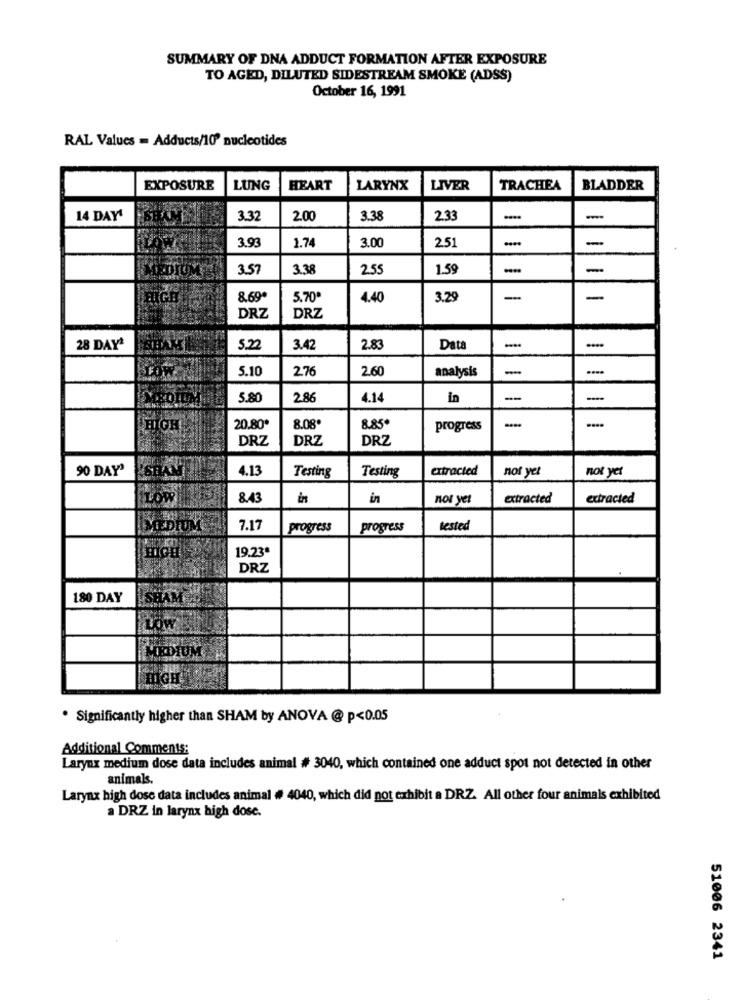
SUMMARY OF DNA ADDUCT FORMATION AFTER EXPOSURE
TO AGED, DILUTED SIDESTREAM SMOKE (ADSS)
October 16, 1991
RAL Values = Adducts/10º nucleotides
EXPOSURE
LUNG
HEART
LARYNX
LIVER
TRACHEA
BLADDER
14 DAY
3.32
2.00
3.38
2.33
2.51
-
3.93
1.74
3.00
3.57
3.38
2.55
1.59
-
8.69ª
5.70ª
4.40
3.29
-
-
DRZ
DRZ
28 DAY
3.42
2.83
Data
-
-
5.10
2.76
2.60
analysis
-
5.80
2.8€
4.14
in
-
-
HIGH
20.80*
8.08*
8.85*
progress
-
DRZ
DRZ
DRZ
90 DAY'
4.13
Testing
Testing
extracted
not yet
not yet
8.43
in
in
not yet
extracted
extracted
7.17
progress
progress
tested
19.23ª
DRZ
180 DAY
LOW
MEDIUM
I HIGH
. Significantly higher than SHAM by ANOVA @ p<0.05
Additional Comments:
Larynx medium dose data includes animal # 3040, which contained one adduct spot not detected in other
animals.
Larynx high dose data includes animal # 4040, which did not exhibit a DRZ. All other four animals exhibited
a DRZ in larynx high dose.
51006 2341